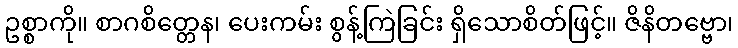
ဥစ္စာကို။ စာဂစိတ္တေန၊ ပေးကမ်း စွန့်ကြဲခြင်း ရှိသောစိတ်ဖြင့်။ ဇိနိတဗ္ဗော၊